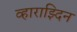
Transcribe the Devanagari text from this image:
व्हाराझ्दिन